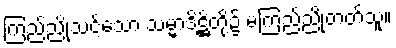
ကြည်ညိုသင့်သော သမ္မာဒိဋ္ဌိတို့၌ မကြည်ညိုတတ်သူ။